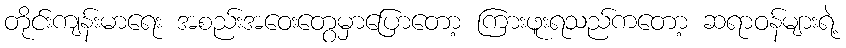
တိုင်းကျန်းမာရေး အစည်းအဝေးတွေမှာပြောတော့ ကြားဖူးရသည်ကတော့ ဆရာဝန်များရဲ့